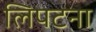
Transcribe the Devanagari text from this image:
लिपटना